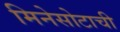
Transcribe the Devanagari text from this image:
मिनेसोटाची